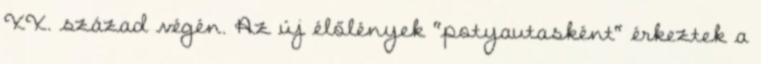
XX. század végén. Az új élőlények "potyautasként" érkeztek a